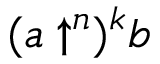
( a \uparrow ^ { n } ) ^ { k } b